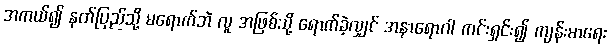
အကယ်၍ နတ်ပြည်သို့ မရောက်ဘဲ လူ အဖြစ်သို့ ရောက်ခဲ့လျှင် အနာရောဂါ ကင်းရှင်း၍ ကျန်းမာရေး